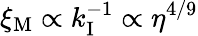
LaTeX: \xi_{\mathrm{M}}\propto k_{\mathrm{I}}^{-1}\propto\eta^{4/9}